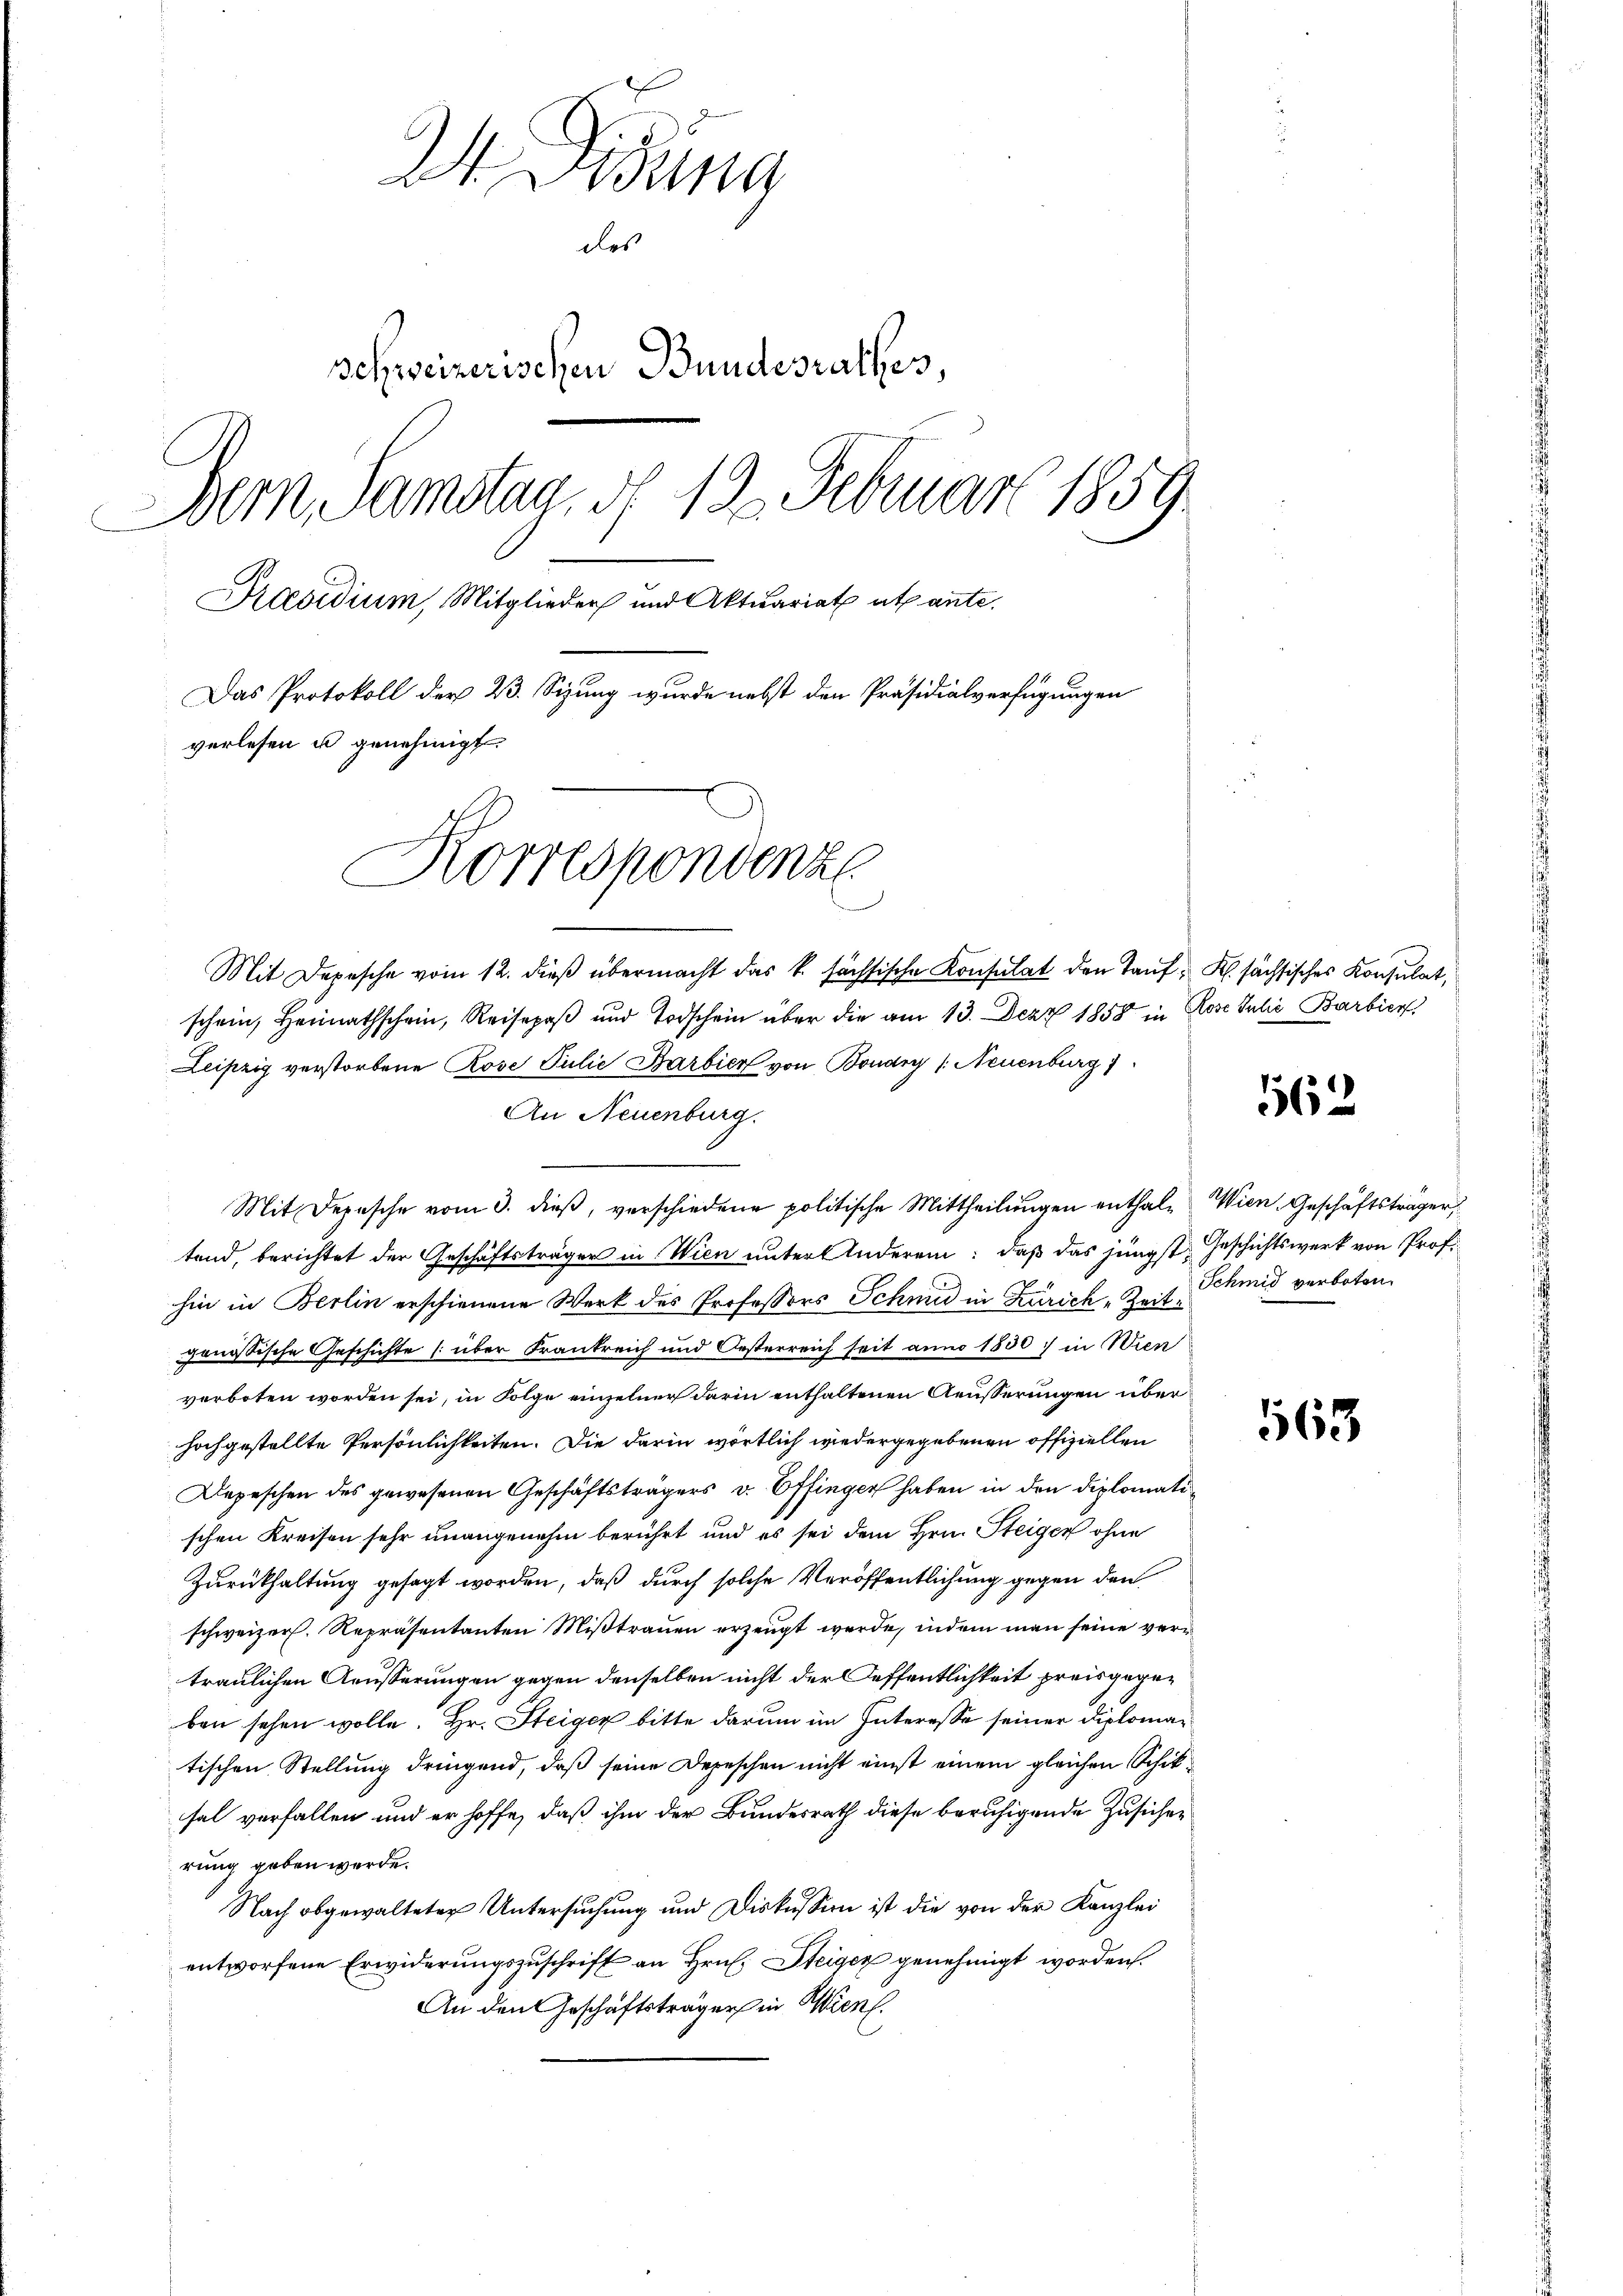
2 Didung
des
schweizerischen Bundesrathes,
Bern, Samstag, d. 13. Februar 1859.
Praesidium, Mitglieder und Aktuariat atlante.
Das Protokoll der 23. Sizung wurde nebst den Präsidialverfügungen
verlesen u genehmigt.
Korrespondenz

Mit Depesche vom 12. dieβ übermacht das k. sächsische Konsulat den Tauf K. sächsisches Konsulat,
schein, Heimathschein, Reisepaß und Todschein über die am 13. Dez. 1858 in Rose Julii Barbier
Leipzig verstorbene Rose Julie Barbier von Boudry (Neuenburg 1
An Neuenburg.
Mit Depesche vom 3. dieβ, verschiedene politische Mittheilŭngen enthal- Wien. Geschäftsträger,
tend, berichtet der Geschäftsträger in Wien unter Anderen: daß das jüngst Geschichtswerk von Prof.
hin in Berlin erschienene Werk des Professors Schmid in Zürich Zeitgenössische Geschichte (über Frankreich und Oesterreich seit anno 1850 in Wien
verboten worden sei, in Folge einzelner darin enthaltenen Aeusserungen über
hochgestellte Persönlichkeiten. Die darin wörtlich wiedergegebenen offiziellen
Depeschen des gewesenen Geschäftsträgers v. Effinger haben in den Diplomatischen Kreisen sehr unangenehm berührt und es sei dem Hrn. Steiger ohne
Zurückhaltung gesagt worden, daß durch solche Veröffentlichung gegen den
schweizer. Repräsentanten Mißtrauen erzeugt werde, indem man seine vertraulichen Aeusserungen gegen denselben nicht der Oeffentlichkeit preisgegeben sehen wolle. Hr. Steiger bitte darum im Interesse seiner Diplomatischen Stellung dringend, daß seine Depeschen nicht einst einem gleichen Schiksal verfallen und er hoffe, daß ihm der Bundesrath diese beruhigende Zusicherung geben werde.
Nach obgewalteter Untersuchung und Diskussion ist die von der Kanzlei
entworfene Erwiderungszuschrift an Hrn. Steiger genehmigt worden.
An den Geschäftsträger in Wien.

1562.

Schmid verboten.

563